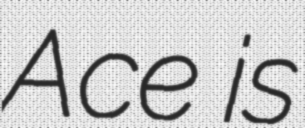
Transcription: Ace is